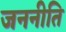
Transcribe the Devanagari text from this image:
जननीति